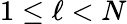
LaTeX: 1\leq\ell<N